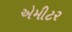
એમીટર